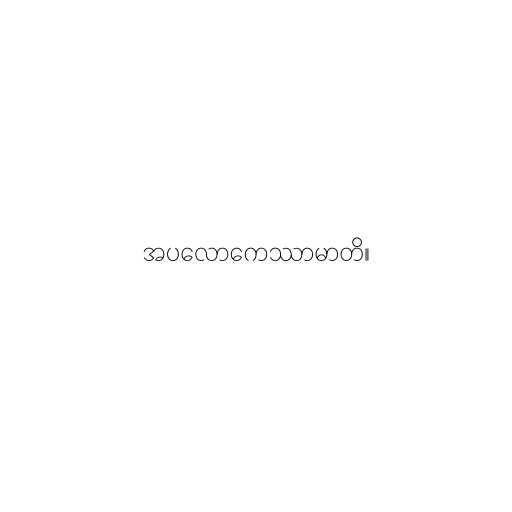
အပလောကေဿာမာတိ။